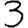
Digit: 3